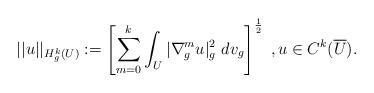
LaTeX: \begin{align*} ||u||_{H^k_g(U)} := \left[\sum_{m = 0}^{k} \int_{U} |\nabla^m_g u|^2_g \ dv_g\right]^{\frac 12}\;, u \in C^{k}(\overline{U}) . \end{align*}